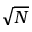
\sqrt { N }